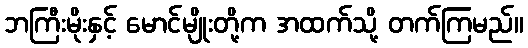
ဘကြီးမိုးနှင့် မောင်မျိုးတို့က အထက်သို့ တက်ကြမည်။